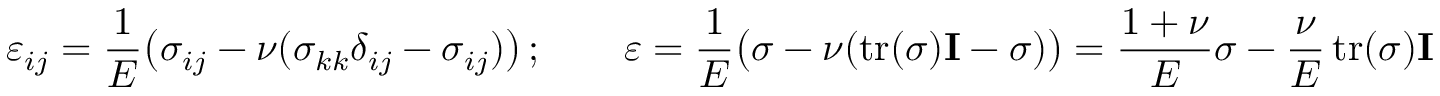
\varepsilon _ { i j } = { \frac { 1 } { E } } { \big ( } \sigma _ { i j } - \nu ( \sigma _ { k k } \delta _ { i j } - \sigma _ { i j } ) { \big ) } \, ; \qquad { \boldsymbol { \varepsilon } } = { \frac { 1 } { E } } { \big ( } { \boldsymbol { \sigma } } - \nu ( \operatorname { t r } ( { \boldsymbol { \sigma } } ) \mathbf { I } - { \boldsymbol { \sigma } } ) { \big ) } = { \frac { 1 + \nu } { E } } { \boldsymbol { \sigma } } - { \frac { \nu } { E } } \operatorname { t r } ( { \boldsymbol { \sigma } } ) \mathbf { I }